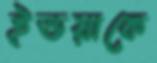
ইন্ডয়াকে